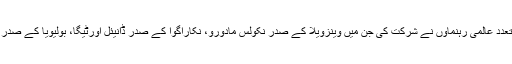
فوٹو: فائل ہوانا: کیوبا میں آنجہانی رہنما فیڈل کاسترو کی آخری رسومات میں متعدد عالمی رہنماؤں نے شرکت کی جن میں وینزویلا کے صدر نکولس مادورو، نکاراگوا کے صدر ڈانیئل اورٹیگا، بولیویا کے صدر ایوو مورالیس اور ایکواڈور کے سربراہِ مملکت رافائیل کوریعا بھی شامل تھے۔